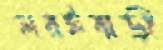
সরইবাড়ী